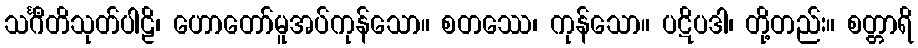
သင်္ဂီတိသုတ်ပါဠိ၊ ဟောတော်မူအပ်ကုန်သော။ စတဿေ၊ ကုန်သော။ ပဋိပဒါ၊ တို့တည်း။ စတ္တာရိ